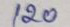
120